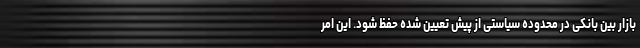
بازار بین بانکی در محدوده سیاستی از پیش تعیین شده حفظ شود. این امر